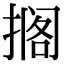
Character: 搁